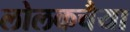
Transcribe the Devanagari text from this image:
लोलकचैया